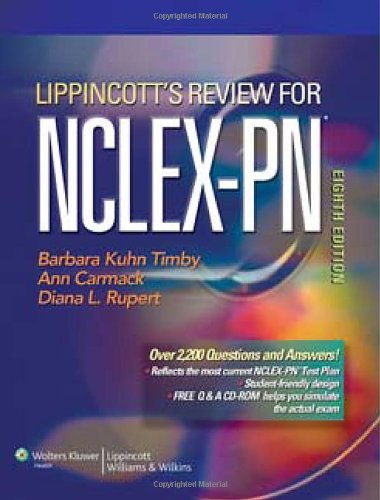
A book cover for Lippincott's Review for NCLEX-PNÂ®; Barbara K. Timby RN  BC  BSN  MA; Medical Books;